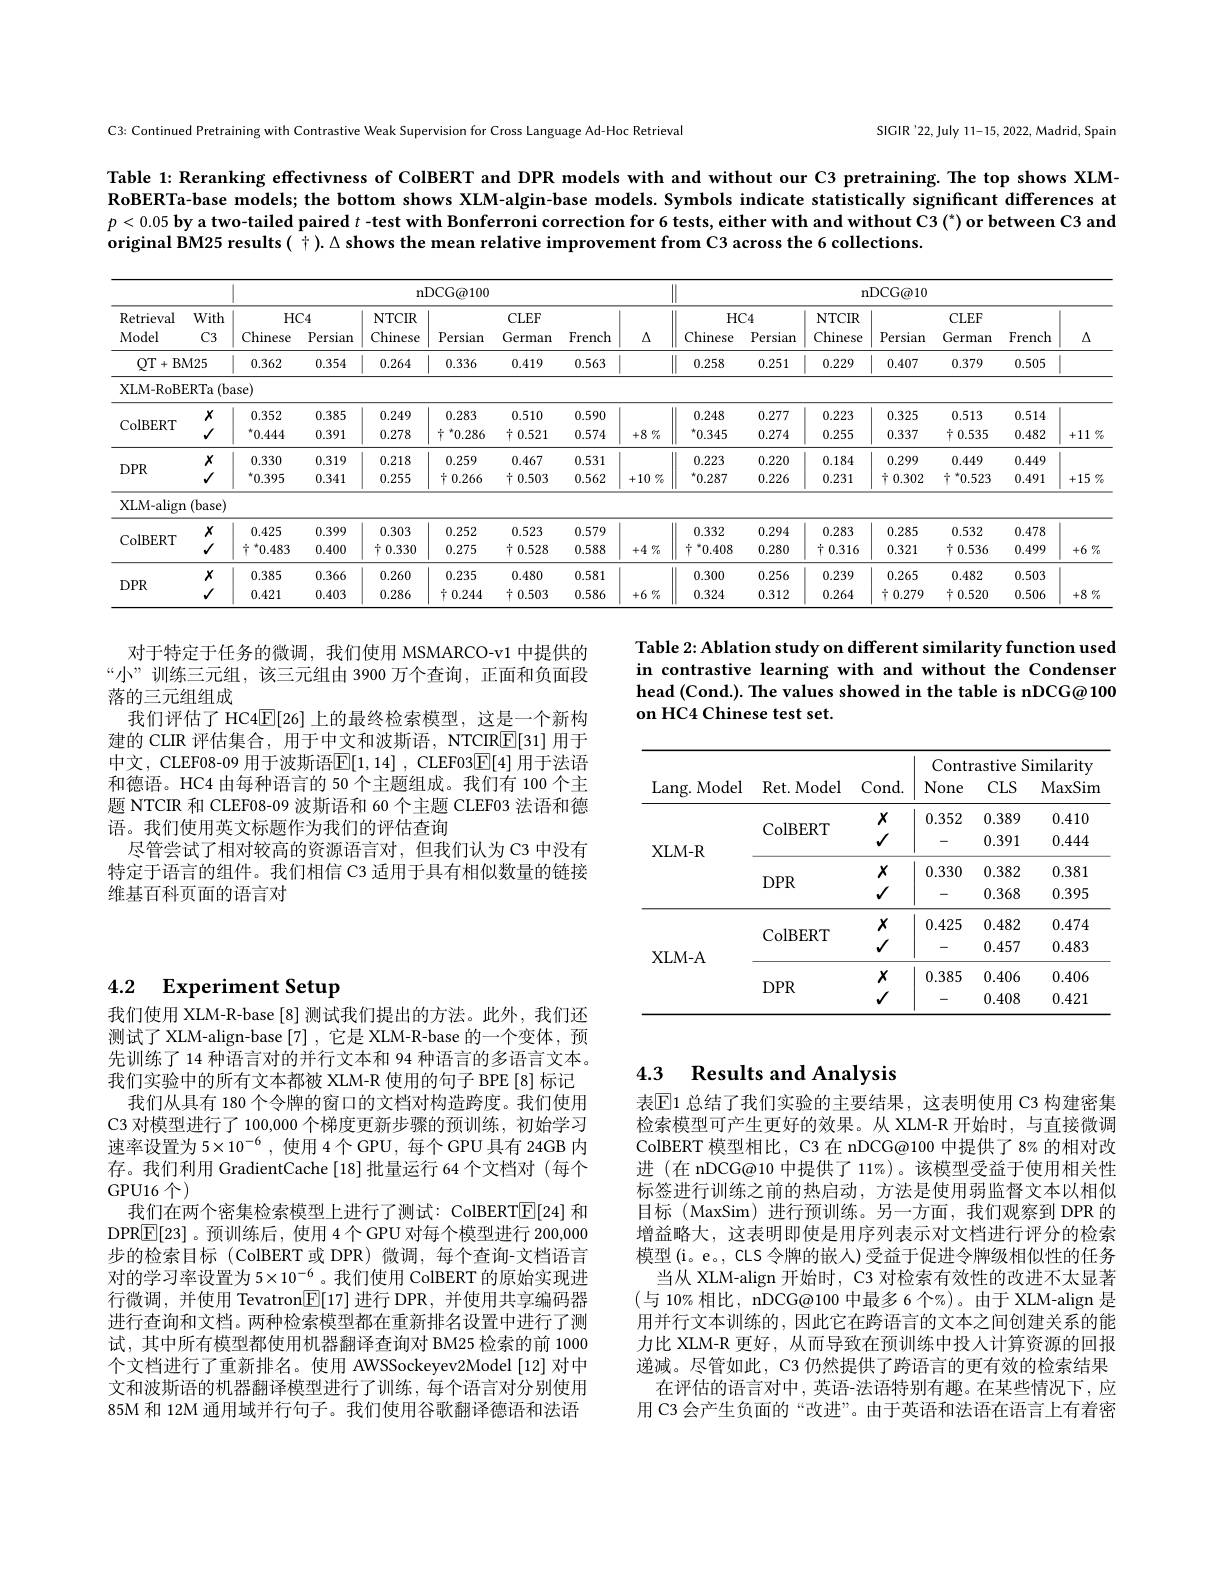
SICIR'22,July 11-15, 2022, Madrid, Spain

C3: Continued Pretraining with Contrastive Weak Supervision for Cross Language Ad-Hoc Retrieval

Table 1: Reranking effectivness of ColBERT and DPR models with and without our C3 pretraining. The top shows XLMRoBERTa-base models; the bottom shows XLM-algin-base models. Symbols indicate statistically significant differences at $p< 0. 05\textbf{by a two- tailed paired }t$ -test with Bonferroni correction for 6 tests, either with and without C3 (") or between C3 and original BM25 results( + ). $\Delta$ shows the mean relative improvement from C3 across the 6 collections.

<table>
	<tbody>
		<tr>
			<th rowspan="3">Retrieval Model</th>
			<th rowspan="3">With $\mathbb{C}3$</th>
			<th colspan="7">${\mathrm{nDCG@100}}$</th>
			<th colspan="6">${\mathrm{nDCG@10}}$</th>
		</tr>
		<tr>
			<th>$HC$</th>
			<th>$三4$</th>
			<th>NTCIR</th>
			<th rowspan="2">Persian</th>
			<th>$CLEF$</th>
			<th> </th>
			<th rowspan="2">$\Delta$</th>
			<th rowspan="1">$HC4$</th>
			<th>NTCIR</th>
			<th> </th>
			<th>$CLEF$</th>
			<th> </th>
			<th rowspan="2">$\Delta$</th>
		</tr>
		<tr>
			<th>Chinese</th>
			<th>Persian</th>
			<th>Chinese</th>
			<th>German</th>
			<th>French</th>
			<th>Persian</th>
			<th>Chinese</th>
			<th>Persian</th>
			<th>German</th>
			<th>French</th>
		</tr>
		<tr>
			<td>$QT$ $BI$ + 1 12</td>
			<td>$M25$</td>
			<td>0.362</td>
			<td>0.354</td>
			<td>0.264</td>
			<td>0.336</td>
			<td>0.419</td>
			<td>0.563</td>
			<td> </td>
			<td>0.251</td>
			<td>0.229</td>
			<td>0.407</td>
			<td>0.379</td>
			<td>0.505</td>
			<td> </td>
		</tr>
		<tr>
			<td>XLM- RoB</td>
			<td>$\exists$RTa (b$\varepsilon$</td>
			<td>$se)$</td>
			<td> </td>
			<td> </td>
			<td> </td>
			<td> </td>
			<td> </td>
			<td> </td>
			<td> </td>
			<td> </td>
			<td> </td>
			<td> </td>
			<td> </td>
			<td> </td>
		</tr>
		<tr>
			<td rowspan="2">ColBERT</td>
			<td>$X$</td>
			<td>0.352</td>
			<td>0.385</td>
			<td>0.249</td>
			<td>0.283</td>
			<td>0.510</td>
			<td>0.590</td>
			<td> </td>
			<td>0.277</td>
			<td>0.223</td>
			<td>0.325</td>
			<td>0.513</td>
			<td>0.514</td>
			<td> </td>
		</tr>
		<tr>
			<td>$√$</td>
			<td>$^{\star}0.444$</td>
			<td>0.391</td>
			<td>0.278</td>
			<td>$\uparrow^{*}0.286$</td>
			<td>$\dagger0.521$</td>
			<td>0.574</td>
			<td>$+8\%$</td>
			<td>0.274</td>
			<td>0.255</td>
			<td>0.337</td>
			<td>+0.535</td>
			<td>0.482</td>
			<td>+11 $\%$</td>
		</tr>
		<tr>
			<td>TOD</td>
			<td>$X$</td>
			<td>0.330</td>
			<td>0.319</td>
			<td>0.218</td>
			<td>0.259</td>
			<td>0.467</td>
			<td>0.531</td>
			<td> </td>
			<td>0.220</td>
			<td>0.184</td>
			<td>0.299</td>
			<td>0.449</td>
			<td>0.449</td>
			<td> </td>
		</tr>
		<tr>
			<td>$DFM$</td>
			<td>$√$</td>
			<td>$^{\star}0.395$</td>
			<td>0.341</td>
			<td>0.255</td>
			<td>$\dagger0.266$</td>
			<td>$\uparrow0.503$</td>
			<td>0.562</td>
			<td>$+10\%$</td>
			<td>0.226</td>
			<td>0.231</td>
			<td>$\frac{7}{1}0.302$</td>
			<td>${^{*}0.523}$</td>
			<td>0.491</td>
			<td>+15 $\%$ 1</td>
		</tr>
		<tr>
			<td>XLM- aligr</td>
			<td>:(base)</td>
			<td> </td>
			<td> </td>
			<td> </td>
			<td> </td>
			<td> </td>
			<td> </td>
			<td> </td>
			<td> </td>
			<td> </td>
			<td> </td>
			<td> </td>
			<td> </td>
			<td> </td>
		</tr>
		<tr>
			<td rowspan="2">ColBERT</td>
			<td>$X$</td>
			<td>0.425</td>
			<td>0.399</td>
			<td>0.303</td>
			<td>0.252</td>
			<td>0.523</td>
			<td>0.579</td>
			<td> </td>
			<td>0.294</td>
			<td>0.283</td>
			<td>0.285</td>
			<td>0.532</td>
			<td>0.478</td>
			<td> </td>
		</tr>
		<tr>
			<td>$√$</td>
			<td>${\frac{7}{1}}{}^{*}0.483$</td>
			<td>0.400</td>
			<td>$\dagger0.330$</td>
			<td>0.275</td>
			<td>$\uparrow0.528$</td>
			<td>0.588</td>
			<td>$+4\%$</td>
			<td>0.280</td>
			<td>$\dagger0.316$</td>
			<td>0.321</td>
			<td>+0.536</td>
			<td>0.499</td>
			<td>$+6\%$</td>
		</tr>
		<tr>
			<td rowspan="2">$DPR$</td>
			<td>$X$</td>
			<td>0.385</td>
			<td>0.366</td>
			<td>0.260</td>
			<td>0.235</td>
			<td>0.480</td>
			<td>0.581</td>
			<td> </td>
			<td>0.256</td>
			<td>0.239</td>
			<td>0.265</td>
			<td>0.482</td>
			<td>0.503</td>
			<td> </td>
		</tr>
		<tr>
			<td>$√$</td>
			<td>0.421</td>
			<td>0.403</td>
			<td>0.286</td>
			<td>+0.244</td>
			<td>+0.503</td>
			<td>0.586</td>
			<td>$+6\%$</td>
			<td>0.312</td>
			<td>0.264</td>
			<td>0.279 1 1</td>
			<td>+0.520</td>
			<td>0.506</td>
			<td>$+8\%$</td>
		</tr>
	</tbody>
</table>

Table 2: Ablation study on different similarity function used

in contrastive learning with and without the Condenser

head (Cond.). The values showed in the table is nDCG@ 100

on HC4 Chinese test set.

对于特定于任务的微调，我们使用 MSMARCO-v1 中提供的“小”训练三元组，该三元组由 3900 万个查询，正面和负面段落的三元组组成
我们评估了 HC4$\mathbb{E}[26]$上的最终检索模型，这是一个新构建的 CLIR 评估集合，用于中文和波斯语，NTCIRE[31] 用于中文，CLEF08-09 用于波斯语$\boxed[1,14]$ , CLEF03$\boxed{\mathbb{E}}[4]$ 用于法语和德语。HC4 由每种语言的 50 个主题组成。我们有 100 个主题 NTCIR 和 CLEF08-09 波斯语和 60 个主题 CLEF03 法语和德语。我们使用英文标题作为我们的评估查询
尽管尝试了相对较高的资源语言对，但我们认为 C3 中没有特定于语言的组件。我们相信 C3 适用于具有相似数量的链接维基百科页面的语言对

<table>
	<tbody>
		<tr>
			<th rowspan="3">Lang. Model</th>
			<th rowspan="3">Ret. Model</th>
			<th rowspan="3">Cond. </th>
			<th colspan="3">Contrastive Similarity</th>
		</tr>
		<tr>
			<th>Contr None</th>
			<th>astiveS 1 $CLS$</th>
			<th>imilarity MaxSim</th>
		</tr>
		<tr>
			<th>None</th>
			<th>$CLS$</th>
			<th>MaxSim</th>
		</tr>
		<tr>
			<td rowspan="4">XLM- R</td>
			<td rowspan="2">ColBERT</td>
			<td>$X$</td>
			<td>0.352</td>
			<td>0.389</td>
			<td>0.410</td>
		</tr>
		<tr>
			<td>$√$</td>
			<td>-</td>
			<td>0.391</td>
			<td>0.444</td>
		</tr>
		<tr>
			<td rowspan="2">$DPR$</td>
			<td>$X$</td>
			<td>0.330</td>
			<td>0.382</td>
			<td>0.381</td>
		</tr>
		<tr>
			<td>$√$</td>
			<td>-</td>
			<td>0.368</td>
			<td>0.395</td>
		</tr>
		<tr>
			<td rowspan="4">XLM- A</td>
			<td rowspan="2">ColBERT</td>
			<td>$X$</td>
			<td>0.425</td>
			<td>0.482</td>
			<td>0.474</td>
		</tr>
		<tr>
			<td>$√$</td>
			<td>-</td>
			<td>0.457</td>
			<td>0.483</td>
		</tr>
		<tr>
			<td rowspan="2">$DPR$</td>
			<td>$X$</td>
			<td>0.385</td>
			<td>0.406</td>
			<td>0.406</td>
		</tr>
		<tr>
			<td>$√$</td>
			<td> </td>
			<td>0.408</td>
			<td>0.421</td>
		</tr>
	</tbody>
</table>

## 4.2 Experiment Setup

## 4.3 Results and Analysis

我们使用 XLM-R-base[8] 测试我们提出的方法。此外，我们还测试了 XLM-align-base[7] , 它是 XLM-R-base 的一个变体，预先训练了 14 种语言对的并行文本和 94 种语言的多语言文本。我们实验中的所有文本都被 XLM-R 使用的句子 BPE [8] 标记
我们从具有 180 个令牌的窗口的文档对构造跨度。我们使用C3 对模型进行了 100,000 个梯度更新步骤的预训练，初始学习速率设置为 5$\times10^{-6}$,使用 4个 GPU, 每个 GPU 具有 24GB 内存。我们利用 GradientCache [18] 批量运行 64 个文档对 (每个GPU16个)
我们在两个密集检索模型上进行了测试：ColBERT$\overline{\mathbb{E}}[24]$和DPR$\boxed{\mathbb{E}}[23]$。预训练后，使用 4个GPU 对每个模型进行 200,000步的检索目标 (ColBERT 或 DPR)微调，每个查询-文档语言对的学习率设置为 5$\times10^{-6}$。我们使用 ColBERT 的原始实现进行微调，并使用 Tevatron$\boxed{\mathbb{E}}[17]$进行 DPR,并使用共享编码器进行查询和文档。两种检索模型都在重新排名设置中进行了测试，其中所有模型都使用机器翻译查询对 BM25 检索的前 1000个文档进行了重新排名。使用 AWSSockeyev2Model[12] 对中文和波斯语的机器翻译模型进行了训练，每个语言对分别使用85M 和 12M 通用域并行句子。我们使用谷歌翻译德语和法语

表$\mathbb{E}$1 总结了我们实验的主要结果，这表明使用 C3 构建密集检索模型可产生更好的效果。从 XLM-R 开始时，与直接微调ColBERT 模型相比，C3 在 nDCG@100 中提供了 8% 的相对改进 (在 nDCG@10 中提供了 11%)。该模型受益于使用相关性标签进行训练之前的热启动，方法是使用弱监督文本以相似目标(MaxSim)进行预训练。另一方面，我们观察到 DPR 的增益略大，这表明即使是用序列表示对文档进行评分的检索模型(i。e。, CLS 令牌的嵌人)受益于促进令牌级相似性的任务
当从 XLM-align 开始时，C3 对检索有效性的改进不太显著(与 10%相比，nDCG@100 中最多 6 个%)。由于 XLM-align 是用并行文本训练的，因此它在跨语言的文本之间创建关系的能力比 XLM-R 更好，从而导致在预训练中投人计算资源的回报递减。尽管如此，C3 仍然提供了跨语言的更有效的检索结果
在评估的语言对中，英语-法语特别有趣。在某些情况下，应用 C3 会产生负面的“改进”。由于英语和法语在语言上有着密